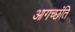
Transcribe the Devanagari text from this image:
आगच्छंति